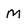
Character: M